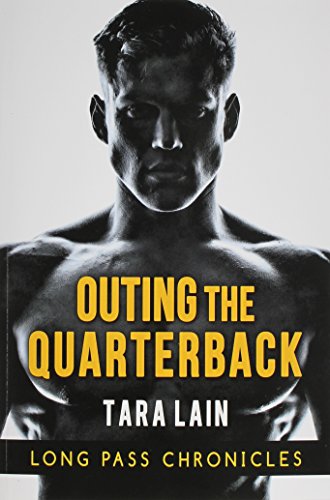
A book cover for Outing the Quarterback; Tara Lain; Romance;